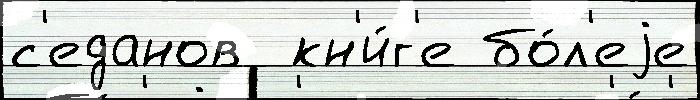
с'еданов  кн'и́г'е бо́л'еjе